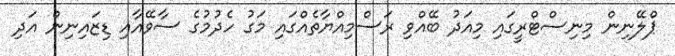
ޕްލޭނިން މިނިސްޓްރީގައި މިއަދު ބޭއްވި ރަސްމިއްޔާތެއްގައި މަގު ހެދުމުގެ ސާވޭއާއި ޑިޒައިނިން އަދި